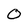
Character: 0